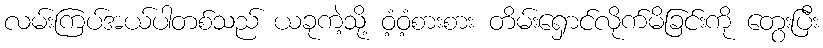
လမ်းကြပ်အယ်ပါတစ်သည် ယခုကဲ့သို့ ဝံ့ဝံ့စားစား တိမ်းရှောင်လိုက်မိခြင်းကို တွေးပြီး